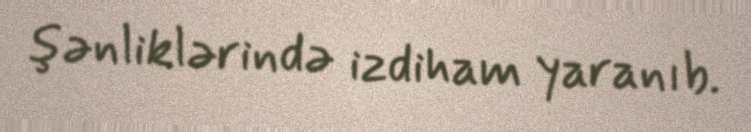
şənliklərində izdiham yaranıb.